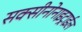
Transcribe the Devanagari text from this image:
सक्सीनोनाइट्राईल